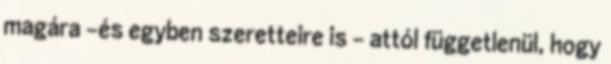
magára -és egyben szeretteire is - attól függetlenül, hogy